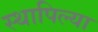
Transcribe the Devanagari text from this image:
स्थापिल्या